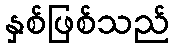
နှစ်ဖြစ်သည်